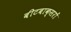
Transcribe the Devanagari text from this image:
बीटबाक्सरों